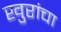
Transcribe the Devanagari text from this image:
खुरांचा